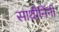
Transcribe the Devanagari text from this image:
साथीनिंनी